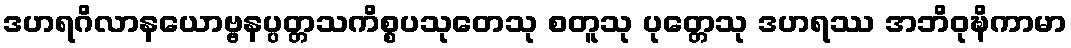
ဒဟရဂိလာနယောဗ္ဗနပ္ပတ္တသကိစ္စပသုတေသု စတူသု ပုတ္တေသု ဒဟရဿ အဘိဝုဍ္ဎိကာမာ